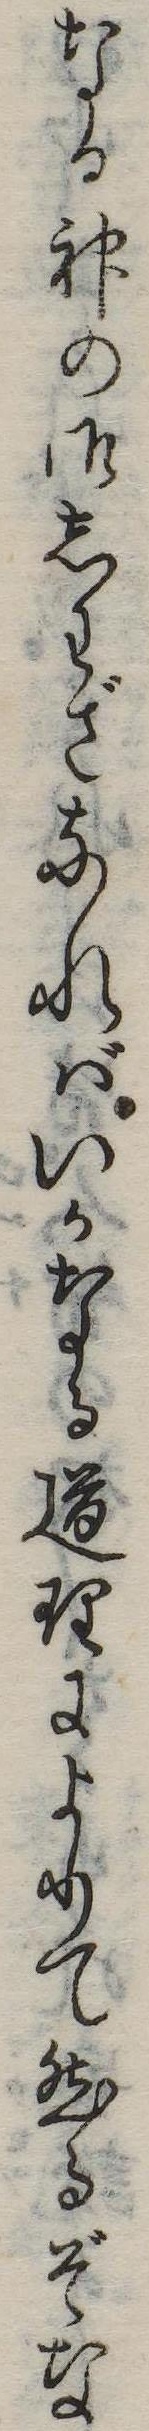
なる神の御しわざなればいかなる道理によりて然るぞな